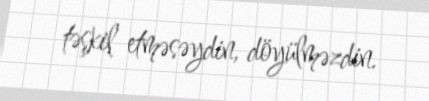
təşkil etməsəydin, döyülməzdin.